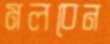
মলবেন